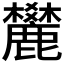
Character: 𪋤